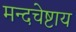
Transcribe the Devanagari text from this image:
मन्दचेष्टाय